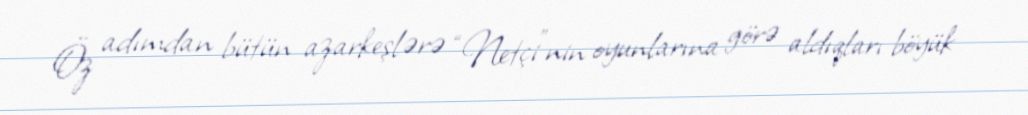
Öz adımdan bütün azarkeşlərə “Netçi”nin oyunlarına görə aldıqları böyük